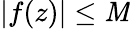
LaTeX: |f(z)|\leq\mathit{M}